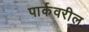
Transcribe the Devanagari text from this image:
पार्कवरील